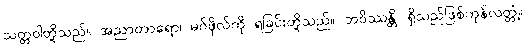
သတ္တဝါတို့သည်။ အညာတာရော၊ မဂ်ဖိုလ်ကို ရခြင်းတို့သည်။ ဘဝိဿန္တိ၊ ရှိသည်ဖြစ်ကုန်လတ္တံ့။